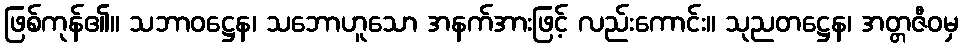
ဖြစ်ကုန်၏။ သဘာဝဋ္ဌေန၊ သဘောဟူသော အနက်အားဖြင့် လည်းကောင်း။ သုညတဋ္ဌေန၊ အတ္တဇီဝမှ